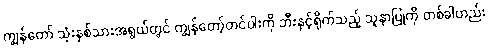
ကျွန်တော် သုံးနှစ်သားအရွယ်တွင် ကျွန်တော့်တင်ပါးကို ဘီးနှင့်ရိုက်သည့် သူနာပြုကို တစ်ခါတည်း